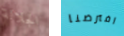
الجلالة افترضنا